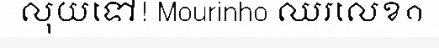
លុយទៅ! Mourinho ឈរលេខ១